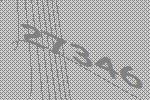
27346